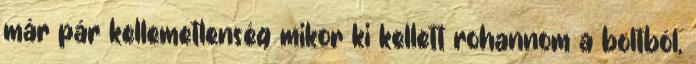
már pár kellemetlenség mikor ki kellett rohannom a boltból,